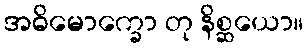
အဓိမောက္ခော တု နိစ္ဆယော။